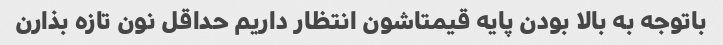
باتوجه به بالا بودن پایه قیمتاشون انتظار داریم حداقل نون تازه بذارن